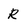
Character: R